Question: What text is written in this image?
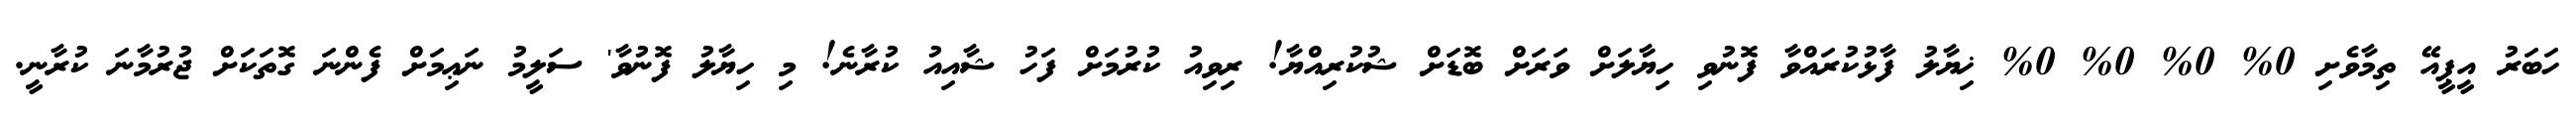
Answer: ހަބަރު އީޕީއޭ ތިމާވެށި 0% 0% 0% 0% ޚިޔާލު ފާޅުކުރައްވާ ފޮނުވި ހިޔާލަށް ވަރަށް ބޮޑަށް ޝުކުރިއްޔާ! ރިވިއު ކުރުމަށް ފަހު ޝާއިއު ކުރާނެ! މި ހިޔާލު ފޮނުވާ' ސަލީމު ނަޢިމަށް ފެންނަ ގޮތަކަށް ޖުރުމާނަ ކުރާނީ.